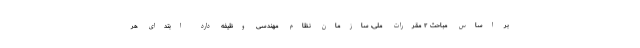
بر اساس مباحث ۲ مقررات ملی، سازمان نظام مهندسی وظیفه دارد ابتدای هر